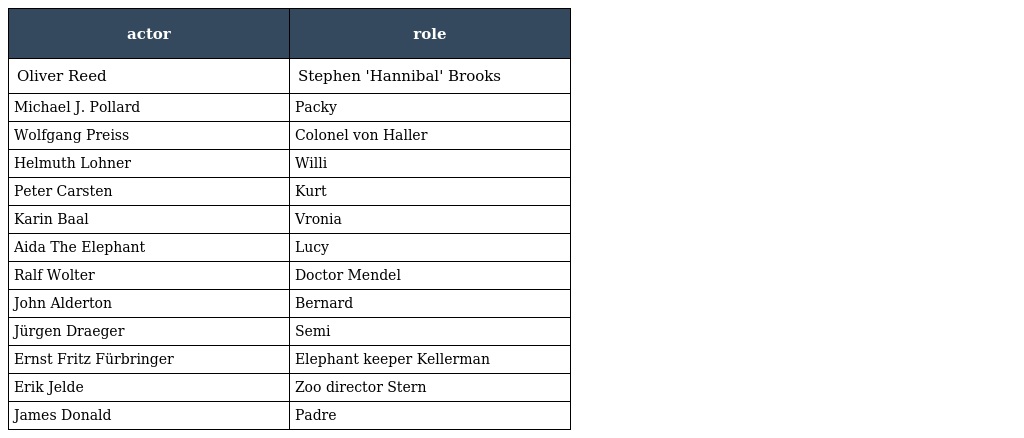
| actor | role |
 | --- | --- |
 | Oliver Reed | Stephen 'Hannibal' Brooks |
 | Michael J. Pollard | Packy |
 | Wolfgang Preiss | Colonel von Haller |
 | Helmuth Lohner | Willi |
 | Peter Carsten | Kurt |
 | Karin Baal | Vronia |
 | Aida The Elephant | Lucy |
 | Ralf Wolter | Doctor Mendel |
 | John Alderton | Bernard |
 | Jürgen Draeger | Semi |
 | Ernst Fritz Fürbringer | Elephant keeper Kellerman |
 | Erik Jelde | Zoo director Stern |
 | James Donald | Padre |